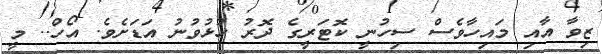
ޒިވާ އާއި މައިހާވެސް ސިހުނީ ކޮޓަރީގެ ދޮރު ހުޅުވުނު އަޑަށެވެ. އޯހް.. މީ